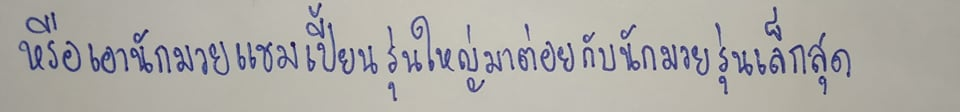
หรือเอานักมวยแชมเปี้ยนรุ่นใหญ่มาต่อยกับนักมวยรุ่นเล็กสุด